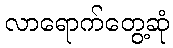
လာရောက်တွေ့ဆုံ